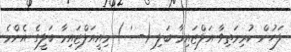
ލަހުން ކުރިމަތިވާ އަލްޒައިމާ ބަލި (- ' ) މިއީއަލްޒައިމާ ބަލީގެ އެންމެ